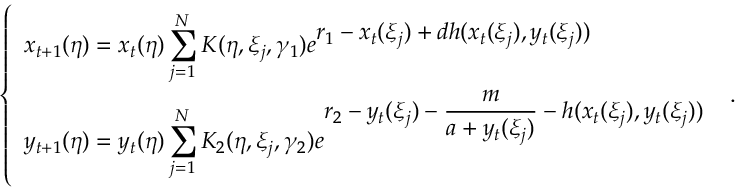
\left\{ \begin{array} { l l } { \displaystyle x _ { t + 1 } ( \eta ) = x _ { t } ( \eta ) \sum _ { j = 1 } ^ { N } K ( \eta , \xi _ { j } , \gamma _ { 1 } ) e ^ { \displaystyle r _ { 1 } - x _ { t } ( \xi _ { j } ) + d h ( x _ { t } ( \xi _ { j } ) , y _ { t } ( \xi _ { j } ) ) } } \\ { \displaystyle y _ { t + 1 } ( \eta ) = y _ { t } ( \eta ) \sum _ { j = 1 } ^ { N } K _ { 2 } ( \eta , \xi _ { j } , \gamma _ { 2 } ) e ^ { \displaystyle r _ { 2 } - y _ { t } ( \xi _ { j } ) - \frac { m } { a + y _ { t } ( \xi _ { j } ) } - h ( x _ { t } ( \xi _ { j } ) , y _ { t } ( \xi _ { j } ) ) } } \end{array} \right. \; .